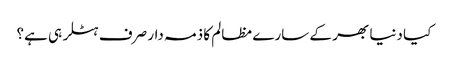
کیا دنیا بھر کے سارے مظالم کا ذمہ دار صرف ہٹلر ہی ہے؟